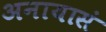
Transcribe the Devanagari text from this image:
अनायासं